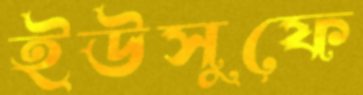
ইউসুফে